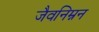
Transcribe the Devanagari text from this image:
जैवनिम्नन